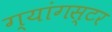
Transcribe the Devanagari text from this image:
ग्यांगस्टर